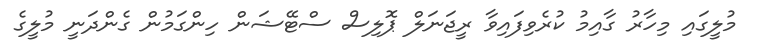
މުލީގައި މިހާރު ގާއިމު ކުރެވިފައިވާ ރީޖަނަލް ޕޮލިސް ސްޓޭޝަން ހިންގަމުން ގެންދަނީ މުލީގެ